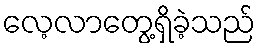
လေ့လာတွေ့ရှိခဲ့သည်